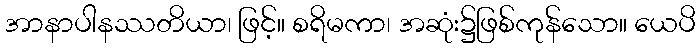
အာနာပါနဿတိယာ၊ ဖြင့်။ စရိမကာ၊ အဆုံး၌ဖြစ်ကုန်သော။ ယေပိ